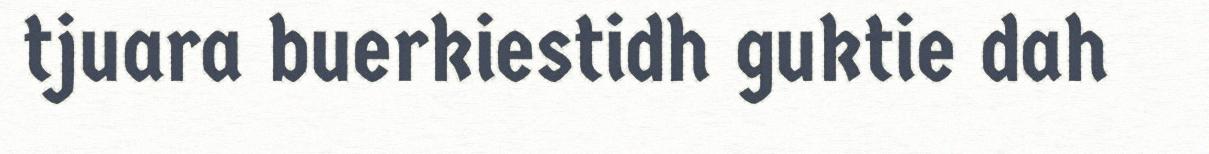
tjuara buerkiestidh guktie dah